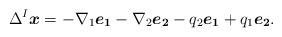
LaTeX: \begin{align*} \Delta ^{I}\boldsymbol{x}= -\nabla_{1}\boldsymbol{e_{1}}-\nabla_{2}\boldsymbol{e_{2}}-q_{2}\boldsymbol{e_{1}}+q_{1}\boldsymbol{e_{2}}.\end{align*}